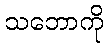
သဘောကို